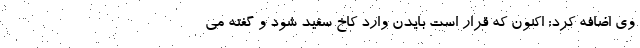
وی اضافه کرد: اکنون که قرار است بایدن وارد کاخ سفید شود و گفته می